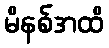
မိနစ်အထိ